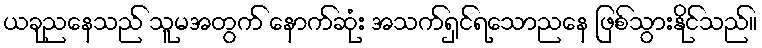
ယခုညနေသည် သူမအတွက် နောက်ဆုံး အသက်ရှင်ရသောညနေ ဖြစ်သွားနိုင်သည်။